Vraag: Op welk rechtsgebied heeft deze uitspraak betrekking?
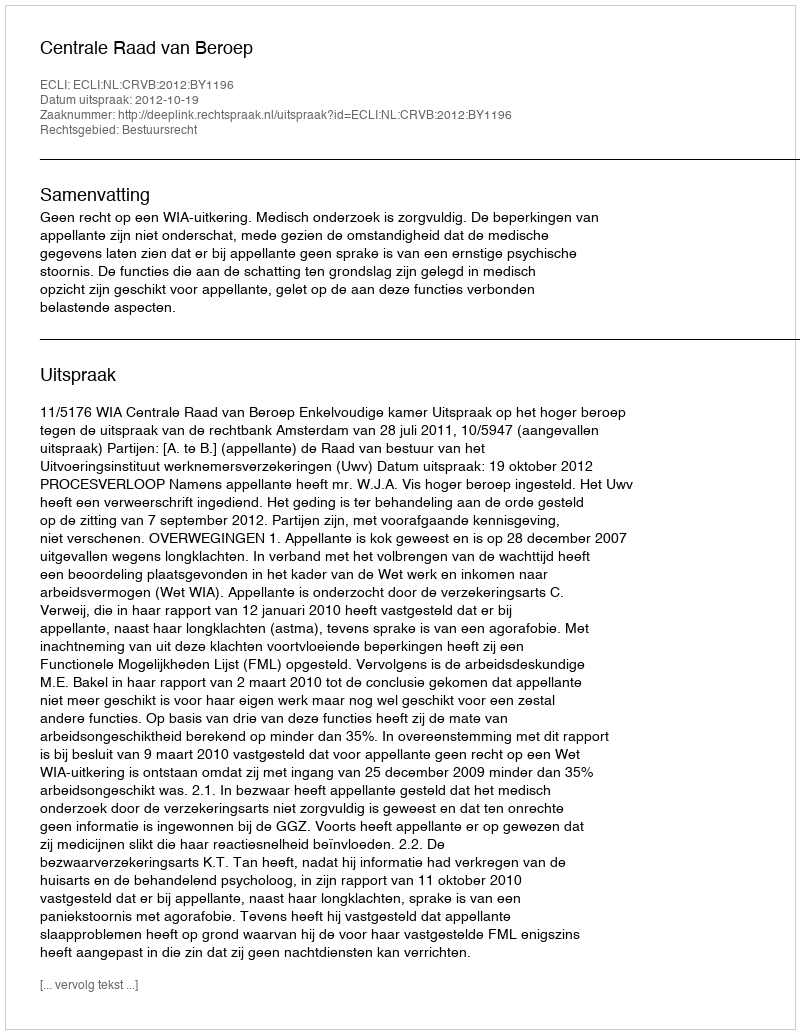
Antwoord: Bestuursrecht